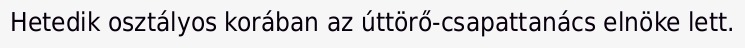
Hetedik osztályos korában az úttörő-csapattanács elnöke lett.